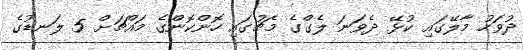
ދުވަހު މާލޭގައި ކުޅޭ ދެވަނަ ލެގްގެ މެޗުގައި ހޮންކޮންގެ މައްޗަށް 5 ލަނޑުގެ